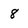
Character: 8